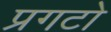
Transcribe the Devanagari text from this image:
प्रगटो